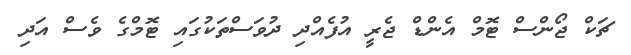
ޗަކް ޖޯންސް ޓޮމް އެންޑް ޖެރީ އުފެއްދި ދުވަސްތަކުގައި ޓޮމްގެ ވެސް އަދި